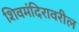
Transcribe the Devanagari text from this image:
शिवमंदिरावरील